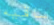
ساقيه